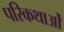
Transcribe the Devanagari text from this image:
परिकथाओं